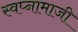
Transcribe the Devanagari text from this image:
स्वप्नामाजी